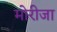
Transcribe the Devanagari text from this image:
मोरीजा